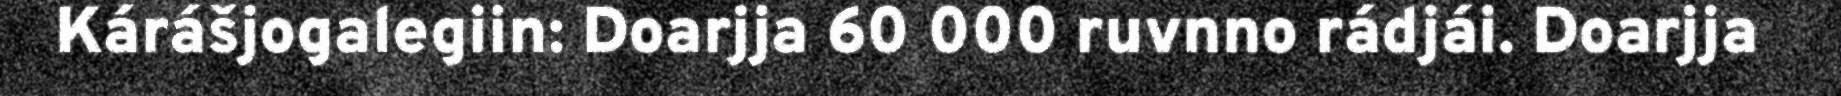
Kárášjogalegiin: Doarjja 60 000 ruvnno rádjái. Doarjja